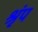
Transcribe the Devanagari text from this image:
श्रृंप